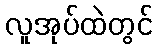
လူအုပ်ထဲတွင်